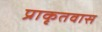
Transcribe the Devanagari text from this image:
प्राकृतवास